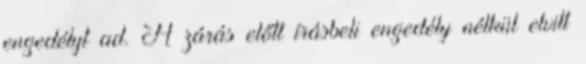
engedélyt ad. A zárás előtt írásbeli engedély nélkül elvitt